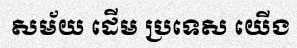
សម័យ ដើម ប្រទេស យើង